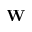
\mathbf { W }